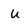
Character: u